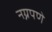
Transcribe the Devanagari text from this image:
नग्नपणे